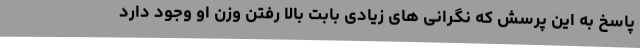
پاسخ به این پرسش که نگرانی های زیادی بابت بالا رفتن وزن او وجود دارد